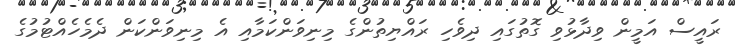
ރައީސް އަމީން ވިދާޅުވި ގޮތުގައި ދިވެހި ރައްޔިތުންގެ މިނިވަންކަމާއި އެ މިނިވަންކަން ދެމެހެއްޓުމުގެ